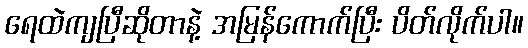
ရေထဲကျပြီဆိုတာနဲ့ အမြန်ကောက်ပြီး ပိတ်လိုက်ပါ။